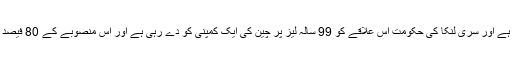
اصل میں ہمبنٹوٹا میں ایک بڑی بندر گاہ ہے اور سری لنکا کی حکومت اس علاقے کو 99 سالہ لیز پر چین کی ایک کمپنی کو دے رہی ہے اور اس منصوبے کے 80 فیصد حصص کی ملکیت چین کے پاس ہو گی۔